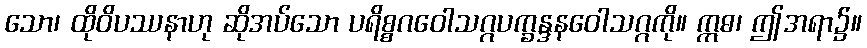
သော၊ ထိုဝိပဿနာဟု ဆိုအပ်သော ပရိစ္စဂဝေါသဂ္ဂပက္ခန္ဒနဝေါသဂ္ဂကို။ ဣဓ၊ ဤအရာ၌။